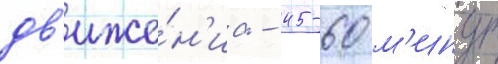
дв'иже́н'иа - 45-60 м'инут